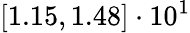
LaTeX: \left[1.15,1.48\right]\cdot 10^{1}